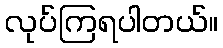
လုပ်ကြရပါတယ်။